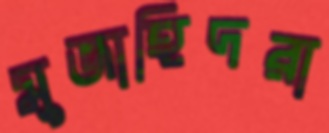
মুজাহিদরা